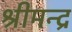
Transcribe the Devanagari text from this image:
श्रीमन्द्र